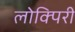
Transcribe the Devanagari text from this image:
लोक्पिरी